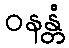
ဝနန္တံ